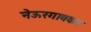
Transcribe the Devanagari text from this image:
नेऊरगावकर